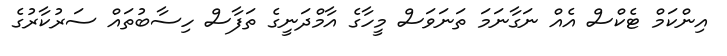
އިންކަމް ޓެކްސް އެއް ނަގާނަމަ ތަނަވަސް މީހާގެ އާމްދަނީގެ ތަފާސް ހިސާބުތައް ސަރުކާރުގެ